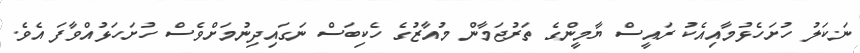
ނަކަލު ހުށަހެޅުމާއިއެކު ރައީސް ޔާމީންގެ ތަރުޖަމާން މުއާޒުގެ ހެކިބަސް ނަގައިދިނުމަށްވެސް ހުށަހަޅުއްވާފަ އެވެ.